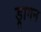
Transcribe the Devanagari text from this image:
ड्रागन